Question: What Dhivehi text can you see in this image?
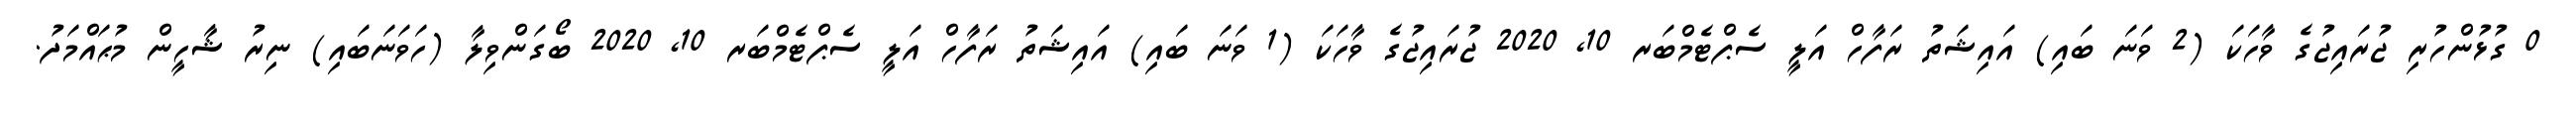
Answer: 0 ގުޅުންހުރި ޖުރައިޖުގެ ވާހަކަ (2 ވަނަ ބައި) އައިޝަތު ރަފާހް އަލީ ސެޕްޓެމްބަރ 10, 2020 ޖުރައިޖުގެ ވާހަކަ (1 ވަނަ ބައި) އައިޝަތު ރަފާހް އަލީ ސެޕްޓެމްބަރ 10, 2020 ބޯގަންވިލާ (ހަވަނަބައި) ނިރު ޝާހީން މުޙައްމަދު.